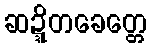
ဆဍ္ဍိတခေတ္တေ